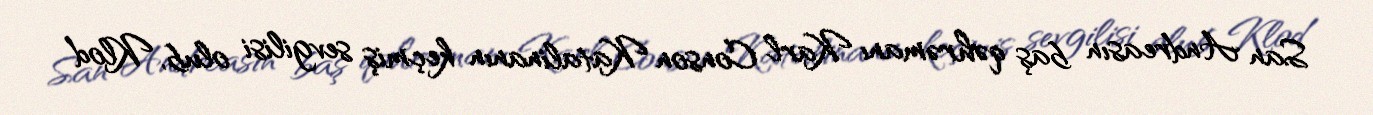
San Andreasın baş qəhrəmanı Karl Conson Katalinanın keçmiş sevgilisi olub, Klod